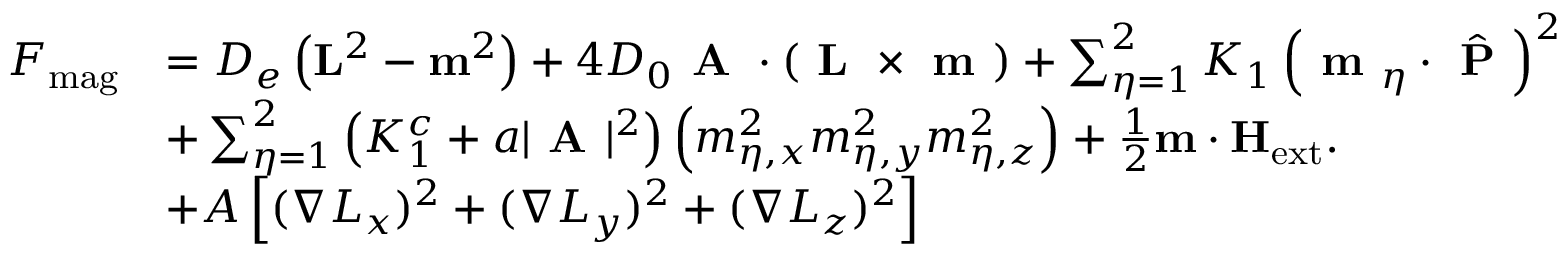
\begin{array} { r l } { F _ { \mathrm { m a g } } } & { = D _ { e } \left( \mathbf { L } ^ { 2 } - \mathbf { m } ^ { 2 } \right) + 4 D _ { 0 } \textbf { A } \cdot \left( \textbf { L } \times \textbf { m } \right) + \sum _ { \eta = 1 } ^ { 2 } K _ { 1 } \left( \textbf { m } _ { \eta } \cdot \hat { \textbf { P } } \right) ^ { 2 } } \\ & { + \sum _ { \eta = 1 } ^ { 2 } \left( K _ { 1 } ^ { c } + a | \textbf { A } | ^ { 2 } \right) \left( m _ { \eta , x } ^ { 2 } m _ { \eta , y } ^ { 2 } m _ { \eta , z } ^ { 2 } \right) + \frac { 1 } { 2 } \mathbf { m } \cdot \mathbf { H } _ { \mathrm { e x t } } . } \\ & { + A \left[ ( \nabla L _ { x } ) ^ { 2 } + ( \nabla L _ { y } ) ^ { 2 } + ( \nabla L _ { z } ) ^ { 2 } \right] } \end{array}